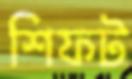
শিফট